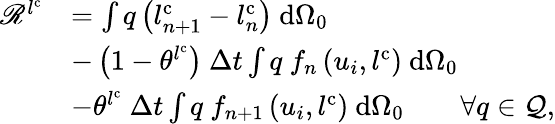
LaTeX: \begin{array}{rl}{\mathscr{R}^{l^{\mathrm{{c}}}}}&{=\int q\left(l_{n+1}^{\mathrm{c}}-l_{n}^{\mathrm{c}}\right)\ \mathrm{d}{\Omega_{0}}}\\ &{-\left(1-\theta^{l^{\mathrm{c}}}\right)\ \Delta t\int q\ f_{n}\left(u_{i},l^{\mathrm{c}}\right)\ \mathrm{d}{\Omega_{0}}}\\ &{-\theta^{l^{\mathrm{c}}}\ \Delta t\int q\ f_{n+1}\left(u_{i},l^{\mathrm{c}}\right)\ \mathrm{d}{\Omega_{0}}\qquad\forall q\in{\mathcal{Q}},}\end{array}